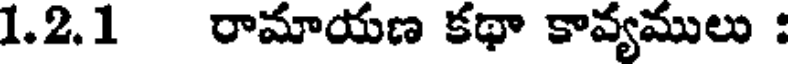
1.2.1 రామాయణ కథా కావ్యములు :